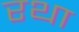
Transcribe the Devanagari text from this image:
रथा